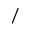
/